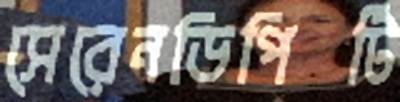
সেরেনডিপিটি